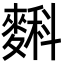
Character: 𪍎